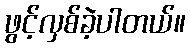
ဖွင့်လှစ်ခဲ့ပါတယ်။